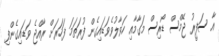
އާ ސަފީރު ޖޭމްސް ޑޯރިސް މަގާމާއި ހަވާލުވެވަޑައިގެން ފުރަތަމަ ފަހަރަށް ރާއްޖެ ވަޑައިގެންފި